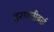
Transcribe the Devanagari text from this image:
इरावतीबाई